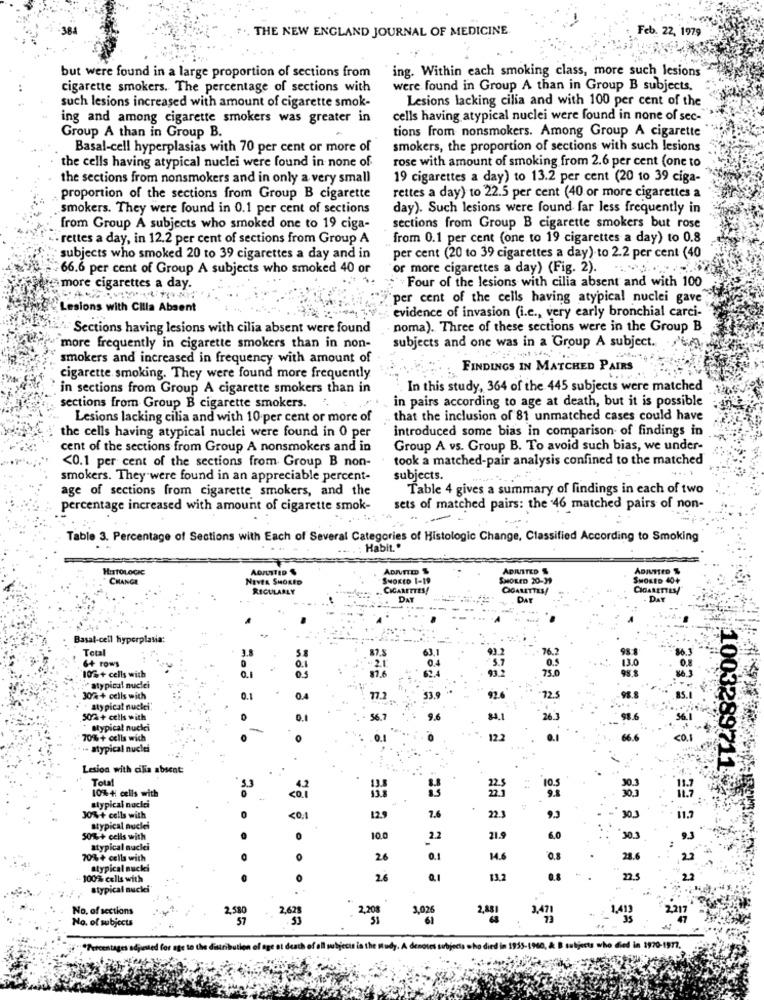
.. THE NEW ENGLAND JOURNAL OF MEDICINE
Feb. 22, 1979
ing. Within each smoking class, more such lesions
but were found in a large proportion of sections from
cigarette smokers. The percentage of sections with
were found in Group A than in Group B subjects.
Lesions lacking cilia and with 100 per cent of the
such lesions increased with amount of cigarette smok-
ing and among cigarette smokers was greater in
cells having atypical nuclei were found in none of sec-
Group A than in Group B.
tions from nonsmokers. Among Group A cigarette
Basal-cell hyperplasias with 70 per cent or more of
smokers, the proportion of sections with such lesions
rose with amount of smoking from 2.6 per cent (one to
the cells having atypical nuclei were found in none of
the sections from nonsmokers and in only a very small
19 cigarettes a day) to 13.2 per cent (20 10 39 ciga-
proportion of the sections from Group B cigarette
rettes a day) to 22.5 per cent (40 or more cigarettes a
smokers. They were found in 0.1 per cent of sections
day). Such lesions were found far less frequently in
from Group A subjects who smoked one to 19 ciga-
sections from Group B cigarette smokers but rose
". rettes a day, in 12.2 per cent of sections from Group A
from 0.1 per cent (one to 19 cigarettes a day) to 0.8
subjects who smoked 20 to 39 cigarettes a day and in
per cent (20 to 39 cigarettes a day). to 2.2 per cent (40
66.6 per cent of Group A subjects who smoked 40 or
or more cigarettes a day) (Fig. 2).
Four of the lesions with cilia absent and with 100
#more cigarettes a day.
per cent of the cells having atypical nuclei gave
Lesions with Cilla Absent
evidence of invasion (i.e ., very early bronchial carci-
Sections having lesions with cilia absent were found
noma). Three of these sections were in the Group B
subjects and one was in a Group A subject.
more frequently in cigarette smokers than in non-
smokers and increased in frequency with amount of
FINDINGS IN MATCHED PAIRS
cigarette smoking. They were found more frequently
in sections from Group A cigarette smokers than in
In this study, 364 of the 445 subjects were matched
in pairs according to age at death, but it is possible
sections from Group B cigarette smokers.
Lesions lacking cilia and with 10 per cent or more of
that the inclusion of 81 unmatched cases could have
the cells having atypical nuclei were found in 0 per
introduced some bias in comparison of findings in
cent of the sections from Group A nonsmokers and in
Group A vs. Group B. To avoid such bias, we under-
<0.1 per cent of the sections from Group B non-
took a matched-pair analysis confined to the matched
smokers. They were found in an appreciable percent-
subjects.
age of sections from cigarette smokers, and the
Table 4 gives a summary of findings in each of two
percentage increased with amount of cigarette smok-
sets of matched pairs: the 46 matched pairs of non-
Table 3. Percentage of Sections with Each of Several Categories of Histologic Change, Classified According to Smoking
Habit ..
HISTOLOGIC
ADJUSTED &
ADIVITED $
CHANGE
NEVER SHORED
SHorto 1-19
SMOKED 20-39
SMOKED 40+
REGULARLY
CIGARETTES
DAY
DAT
DAY
Basal-cell hyperplasia:
Tetal
76.
6+ rows
3.8
37.5
10%+ cells with
13.0
75.0
atypical nuclei
30+ cells wich
0.1
aty pical nuclei.
50%+ cells with
56.7
atypical nuclei
-
70%+ cells wich
0.1
12.2
66.6
- atypical nuclei
Lesion with cilia absent:
1003289711
Total
10%+ cells with
10.5
atypical nocici
<0.1
30%+ cells with
<0.1
12.9
7.6
22.3
9.3
30.
atypical nuclei
50%+ cells with
100
.22
21.9
30.
atypical nuclei
70% + cells with
26
0,1
14.6
0.8
28.6
25
atypical nucki
100% cells with
26
13.2
0.8
22 2 2 12
22
atypical nucki
. .
No. of sections
2,58
.
.2,208
3,026
2,881
1.413
No. of subjects
57
2,62
51
61
3471
2.217
for age to the
w byecis in the Mudy. A denotes subjects who died in 1955-1960, & B subjects who died in 1970-1977.